Riigikantselei, lk 192
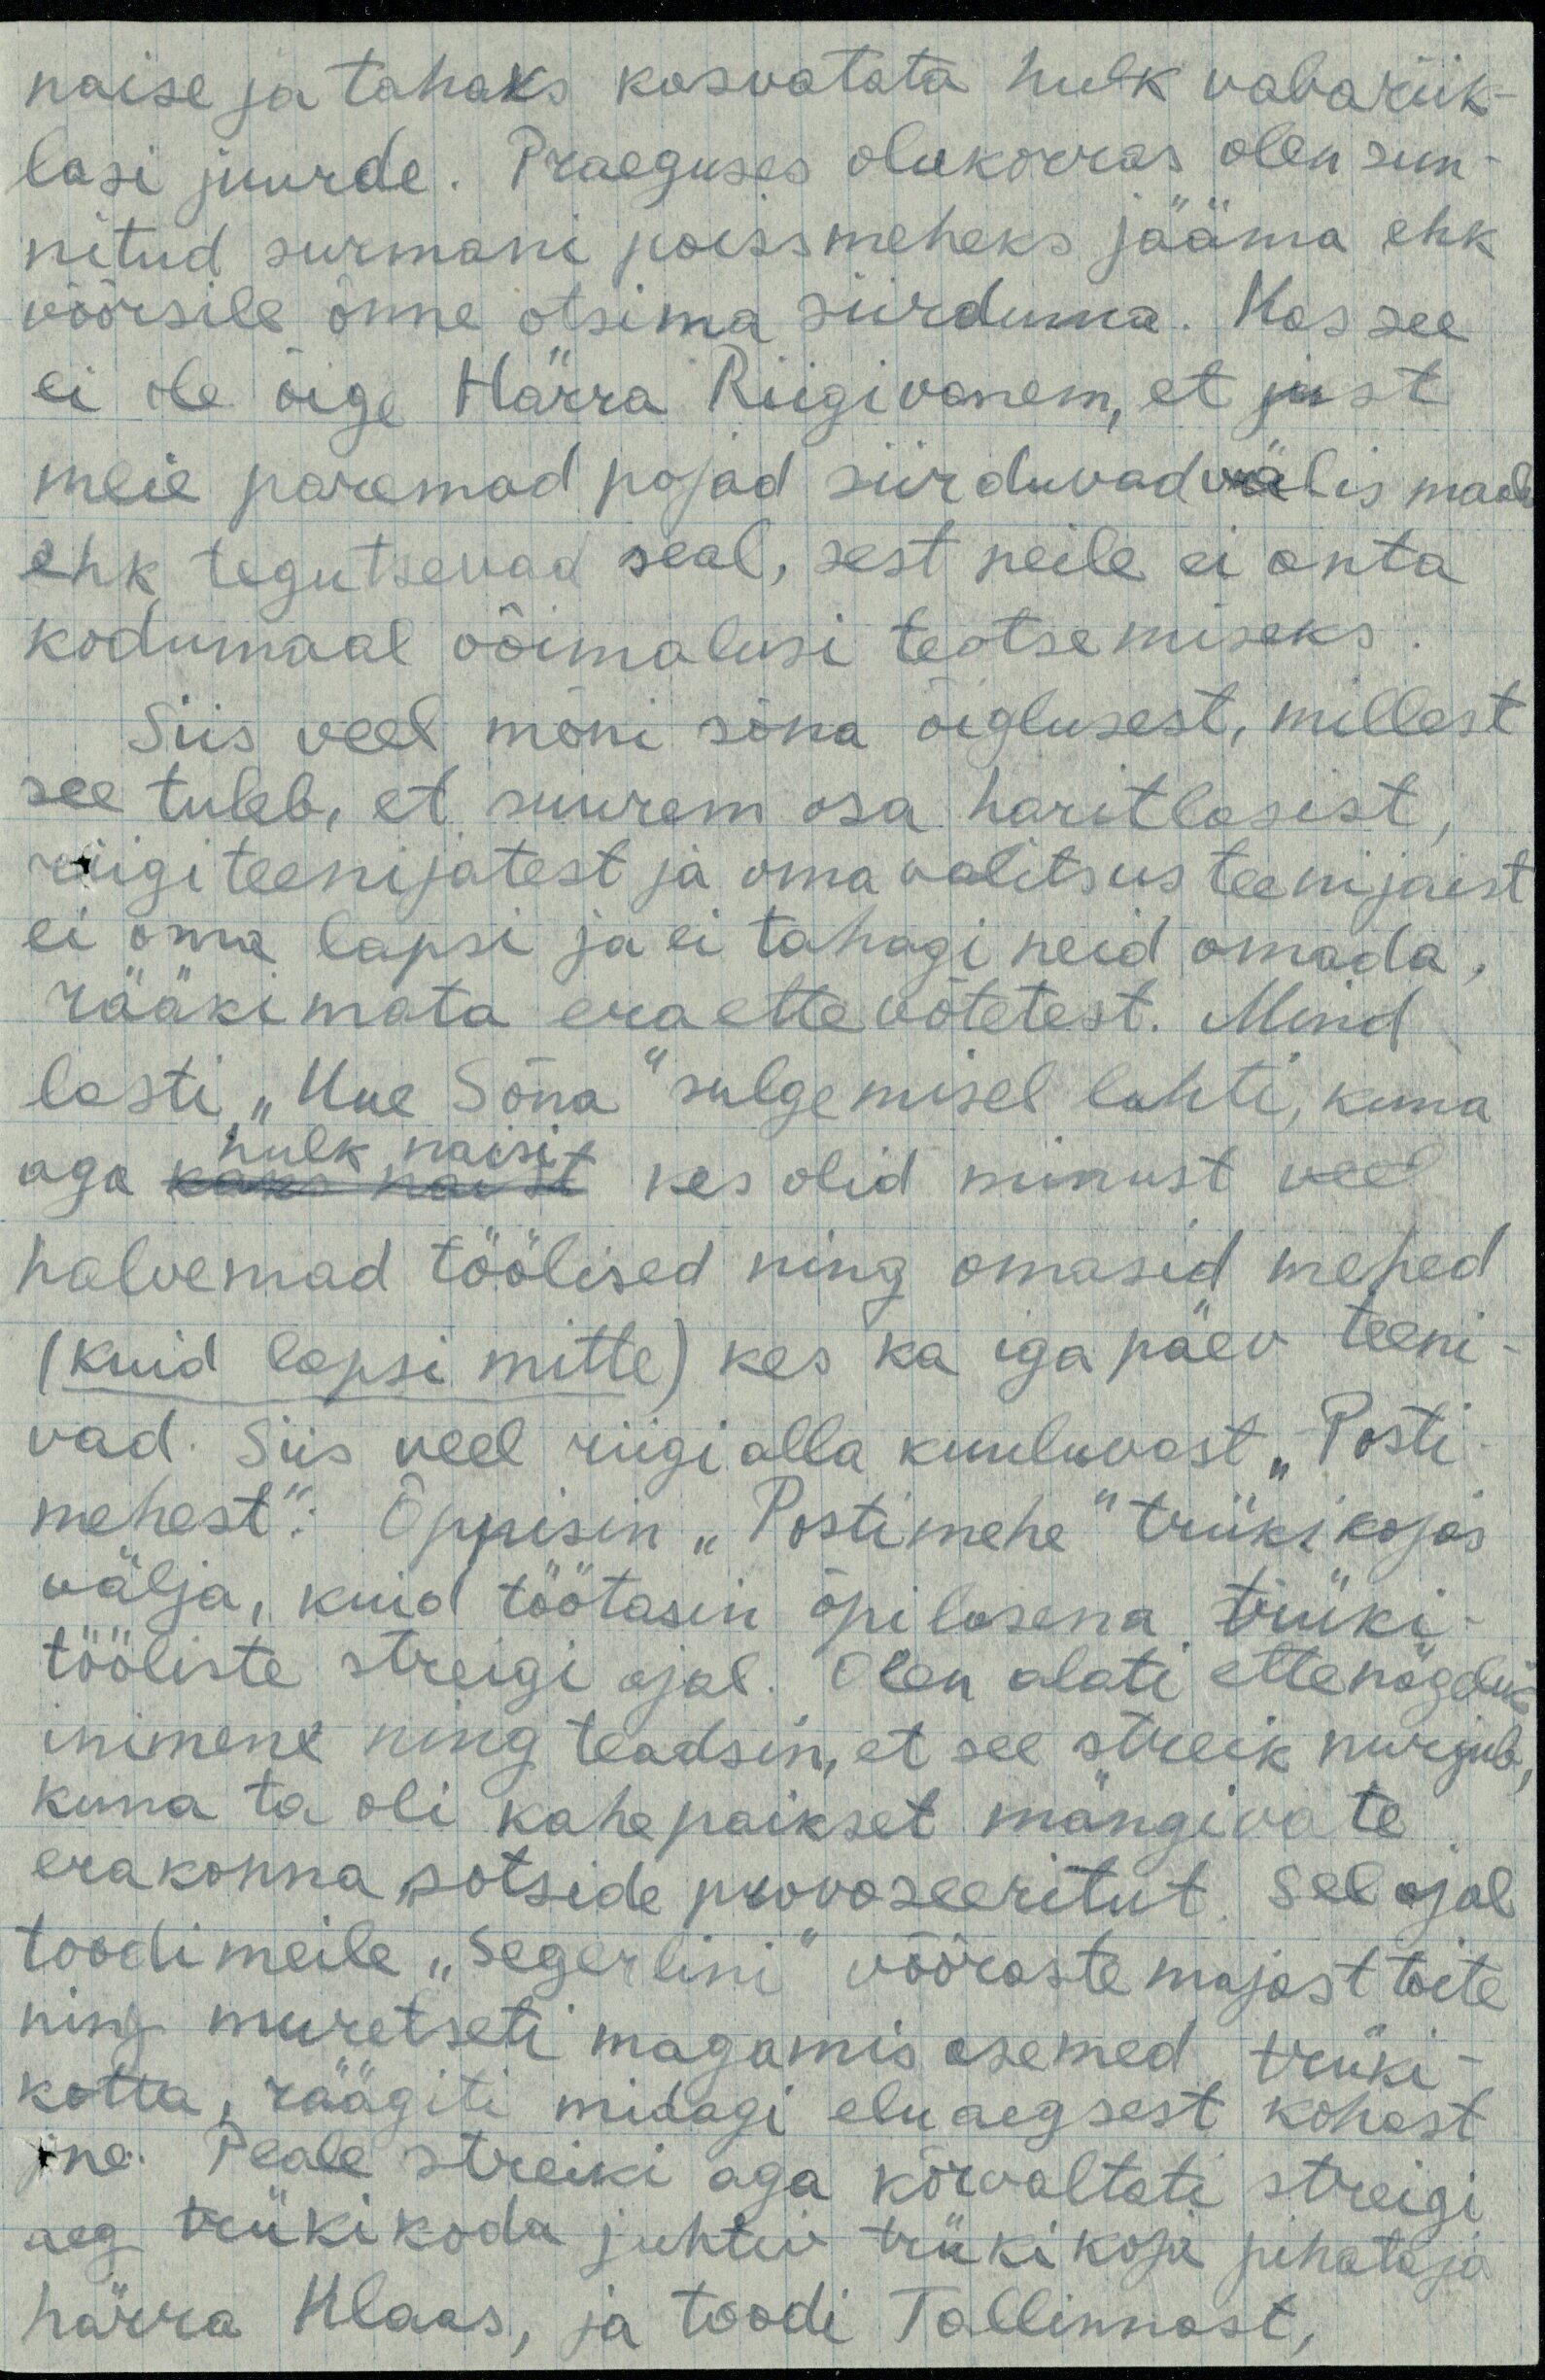
naise ja tahaks kasvatata hulk vabariik-
lasi juurde. Praeguses olukorras olen sun
nitud surmani poissmeheks jääma ehk
võõrsile õnne otsima siirduma. Kas see
ei ole õige Härra Riigivanem, et just
meie paremad pojad siirduvad välis maale
ehk tegutsevad seal, sest neile ei anta
kodumaal võimalusi teotsemiseks.
Siis veel mõni sõna õiglusest, millest
see tuleb, et suurem osa haritlasist,
riigiteenijatest ja omavalitsusteenijaist
ei oma lapsi ja ei tahagi neid omada,
rääkimata eraettevõtetest. Mind
lasti "Uue Sõna" sulgemisel lahti, kuna
aga hulk naisi kes olid minust veel
halvemad töölised ning omasid mehed
(kuid lapsi mitte) kes ka iga päev teeni-
vad. Siis veel riigi alla kuuluvast "Posti-
mehest". Õppisin "Postimehe" trükikojas
välja, kuid töötasin õpilasena trüki-
tööliste streigi ajal. Olen alati ettenägelik
inimene ning teadsin, et see streik nurjub,
kuna ta oli kahepaikset mängivate
erakonna, sotside provoseeritut. Sel ajal
toodi meile "Segerlini" võõraste majast toite
ning muretseti magamis asemed trüki-
kotta, räägiti midagi eluaegsest kohast
jne. Peale streiki aga kõrvaltati streigi
aeg trükikoda juhtiv trükikoja juhataja
härra Klaas, ja toodi Tallinnast,